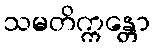
သမတိက္ကန္တော